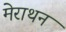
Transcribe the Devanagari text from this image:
मेराथन